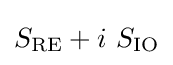
S_{\mathrm {RE} }+i\ S_{\mathrm {IO} }